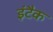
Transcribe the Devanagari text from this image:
इंटैक